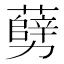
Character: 𠣅